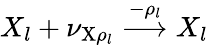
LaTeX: X_{l}+\nu_{\mathrm{X}\rho_{l}}\overset{-\rho_{l}}\longrightarrow X_{l}